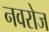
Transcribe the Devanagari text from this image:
नवरोज